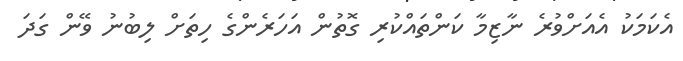
އެކަމަކު އެއަށްވުރެ ނާޒިމާ ކަންތައްކުރި ގޮތުން އަހަރެންގެ ހިތަށް ލިބުނު ވޭން ގަދަ